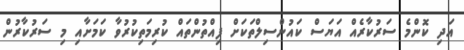
އަދި ކޮންމެ ސަރުކާރެއް އަޔަސް ކައުންސިލްތަކަށް ފިއްތުންތައް ކުރިމަތިކުރުވާ ކަމަށާއި މި ސަރުކާރުން